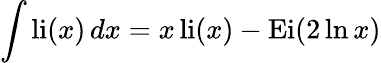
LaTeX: \int\operatorname{li}(x)\, dx=x\operatorname{li}(x)-\operatorname{Ei}(2\ln x)